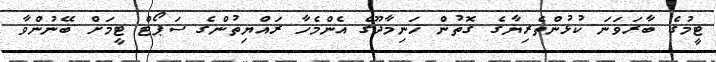
ޓީމުގެ ބާރަވަނަ ކުޅުންތެރިޔާގެ ގޮތުން ހަނިމާދޫގެ އެންމެހާ ރައްޔިތުންގެ ސަޕޯޓް ޓީމަށް ބޭނުންވާ